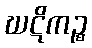
ဃဋိကဉ္စ